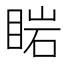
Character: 𥇷